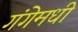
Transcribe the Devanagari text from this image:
गंगेमधी